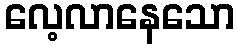
လေ့လာနေသော